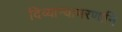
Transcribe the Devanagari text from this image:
दिव्यान्याभरणानि